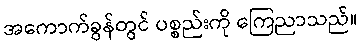
အကောက်ခွန်တွင် ပစ္စည်းကို ကြေညာသည်။